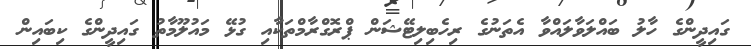
ގައިދީންގެ ހާލު ބައްލަވާލައްވާ އެތަނުގެ ރިހެބިލިޓޭޝަން ޕްރޮގްރާމްތަކާއި ގުޅޭ މައުލޫމާތު ގައިދީންގެ ކިބައިން